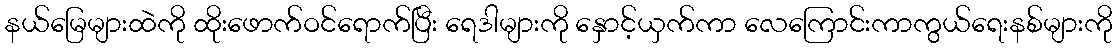
နယ်မြေများထဲကို ထိုးဖောက်ဝင်ရောက်ပြီး ရေဒါများကို နှောင့်ယှက်ကာ လေကြောင်းကာကွယ်ရေးနစ်များကို